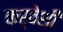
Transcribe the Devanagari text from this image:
कर्वेशी